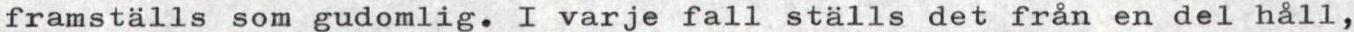
framställs som gudomlig. I varje fall ställs det från en del håll,